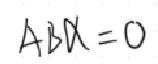
\(ABX = 0\)